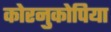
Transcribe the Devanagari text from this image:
कोरनुकोपिया